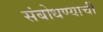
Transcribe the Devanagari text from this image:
संबोधण्याची